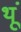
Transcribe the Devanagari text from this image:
थूं